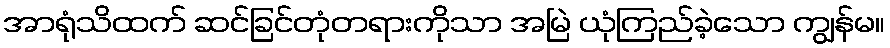
အာရုံသိထက် ဆင်ခြင်တုံတရားကိုသာ အမြဲ ယုံကြည်ခဲ့သော ကျွန်မ။